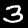
Label: 3